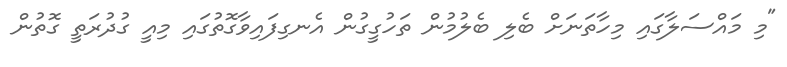
"މި މައްސަލާގައި މިހާތަނަށް ބެލި ބެލުމުން ތަހުގީގުން އެނގިފައިވާގޮތުގައި މިއީ ގުދުރަތީ ގޮތުން